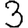
Digit: 3